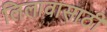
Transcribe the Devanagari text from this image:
लिलावासाठी